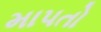
માપતો